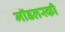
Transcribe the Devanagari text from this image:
मॉडलस्की